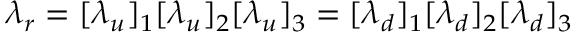
\lambda _ { r } = [ \lambda _ { u } ] _ { 1 } [ \lambda _ { u } ] _ { 2 } [ \lambda _ { u } ] _ { 3 } = [ \lambda _ { d } ] _ { 1 } [ \lambda _ { d } ] _ { 2 } [ \lambda _ { d } ] _ { 3 }